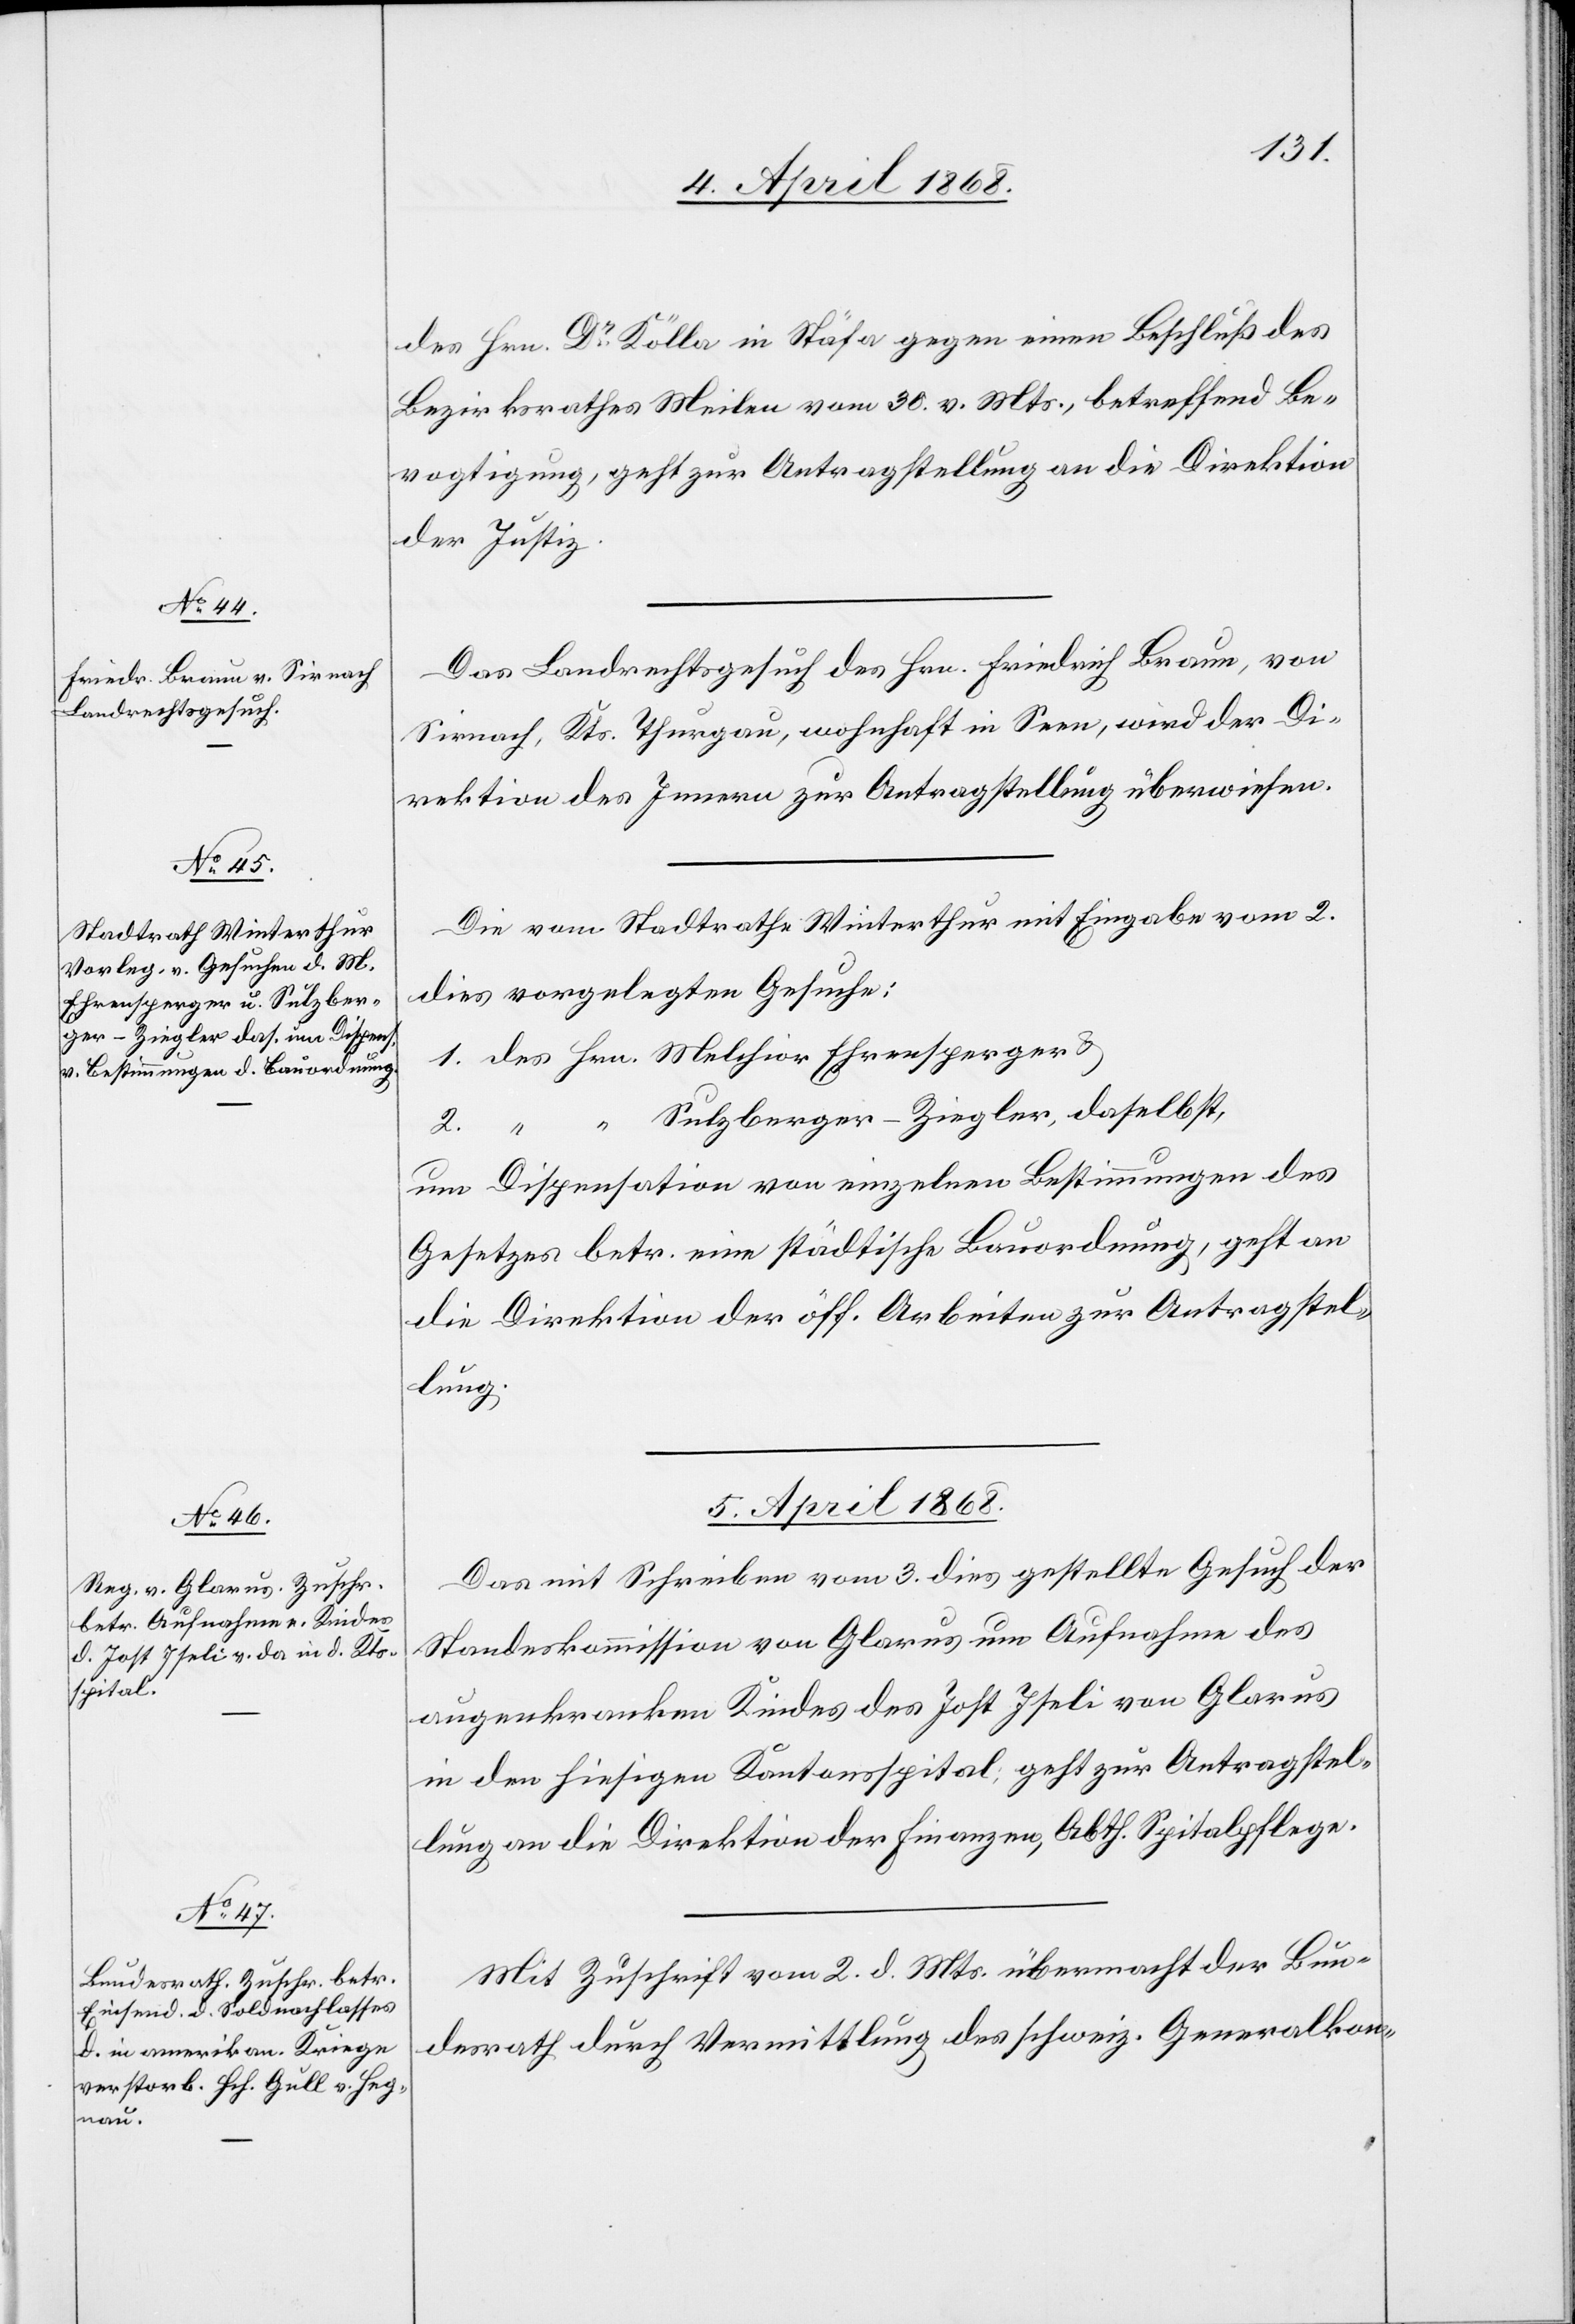
4. April 1868.]
des Hrn. Dr. Kölla in Stäfa gegen einen Beschluß des
Bezirksrathes Meilen vom 30. v. Mts., betreffend Be¬
vogtigung, geht zur Antragstellung an die Direktion
der Justiz.
Das Landrechtsgesuch des Hrn. Friedrich Braun, von
Sirnach, Kts. Thurgau, wohnhaft in Seen, wird der Di¬
rektion des Innern zur Antragstellung überwiesen.
Die vom Stadtrathe Winterthur mit Eingabe vom 2.
dies vorgelegten Gesuche:
1. des Hrn. Melchior Ehrensperger &
“ Sulzberger-Ziegler, daselbst,
2. “
um Dispensation von einzelnen Bestimmungen des
Gesetzes betr. eine städtische Bauordnung, geht an
die Direktion der öff. Arbeiten zur Antragstel¬
lung.
5. April 1868.]
Das mit Schreiben vom 3. dies gestellte Gesuch der
Standeskommission von Glarus um Aufnahme des
augenkranken Kindes des Jost Iseli von Glarus
in den hiesigen Kantonsspital geht zur Antragstel¬
lung an die Direktion der Finanzen, Abth. Spitalpflege.
Mit Zuschrift vom 2. d. Mts. übermacht der Bun¬
desrath [das] durch Vermittlung des schweiz. Generalkon-